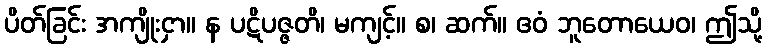
ပိတ်ခြင်း အကျိုးငှာ။ န ပဋိပဇ္ဇတိ၊ မကျင့်။ စ၊ ဆက်။ ဧဝံ ဘူတောယေဝ၊ ဤသို့